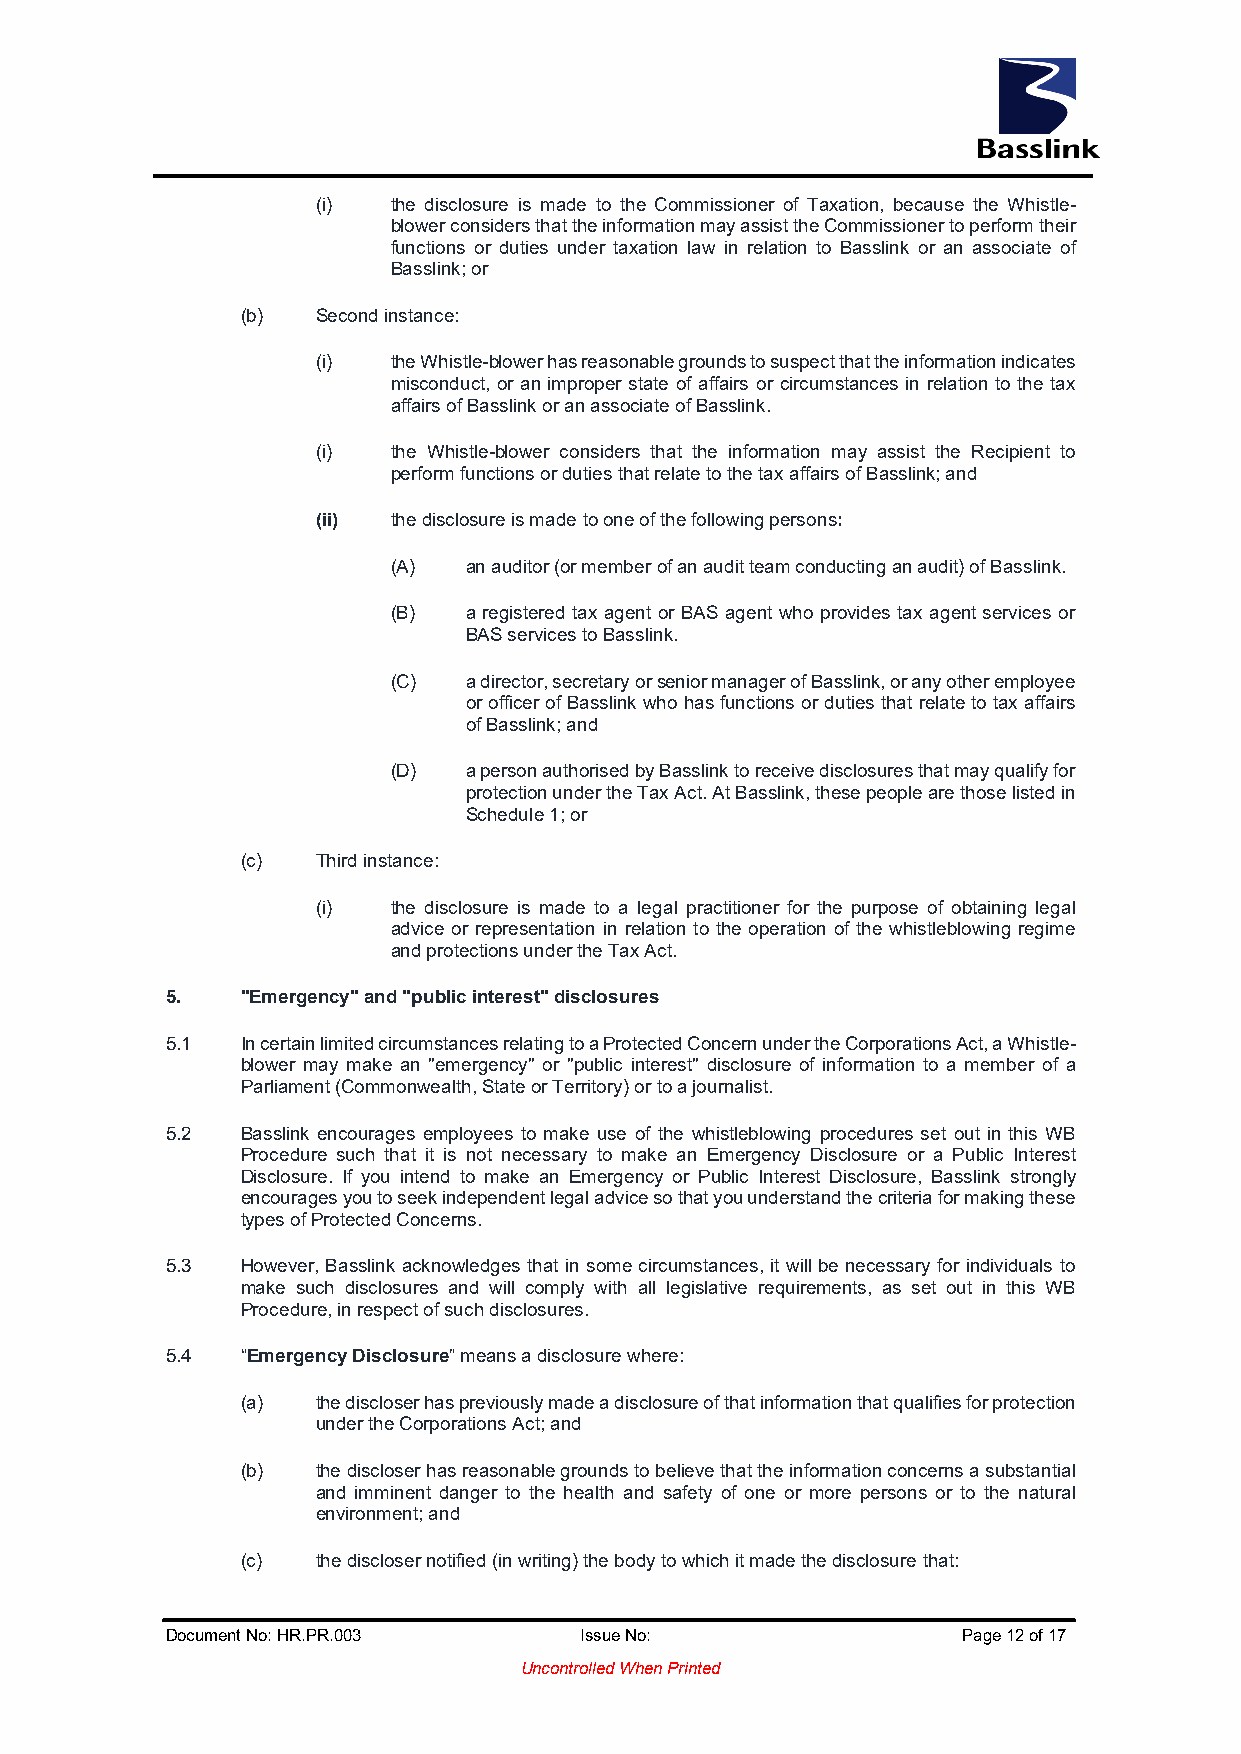
(i)  the disclosure is made to the Commissioner of Taxation, because the Whistle-
 blower considers that the information may assist the Commissioner to perform their
 functions or duties under taxation law in relation to Basslink or an associate of
 Basslink; or
 (b)  Second instance:
 (i)  the Whistle-blower has reasonable grounds to suspect that the information indicates
 misconduct, or an improper state of affairs or circumstances in relation to the tax
 affairs of Basslink or an associate of Basslink.
 (i)  the Whistle-blower considers that the information may assist the Recipient to
 perform functions or duties that relate to the tax affairs of Basslink; and
 (ii) the disclosure is made to one of the following persons:
 (A)  an auditor (or member of an audit team conducting an audit) of Basslink.
 (B)  a registered tax agent or BAS agent who provides tax agent services or
 BAS services to Basslink.
 (C)  a director, secretary or senior manager of Basslink, or any other employee
 or officer of Basslink who has functions or duties that relate to tax affairs
 of Basslink; and
 (D)  a person authorised by Basslink to receive disclosures that may qualify for
 protection under the Tax Act. At Basslink, these people are those listed in
 Schedule 1; or
 (c)  Third instance:
 (i)  the disclosure is made to a legal practitioner for the purpose of obtaining legal
 advice or representation in relation to the operation of the whistleblowing regime
 and protections under the Tax Act.
 5.   "Emergency" and "public interest" disclosures
 5.1  In certain limited circumstances relating to a Protected Concern under the Corporations Act, a Whistle-
 blower may make an "emergency" or "public interest" disclosure of information to a member of a
 Parliament (Commonwealth, State or Territory) or to a journalist.
 5.2  Basslink encourages employees to make use of the whistleblowing procedures set out in this WB
 Procedure such that it is not necessary to make an Emergency Disclosure or a Public Interest
 Disclosure. If you intend to make an Emergency or Public Interest Disclosure, Basslink strongly
 encourages you to seek independent legal advice so that you understand the criteria for making these
 types of Protected Concerns.
 5.3  However, Basslink acknowledges that in some circumstances, it will be necessary for individuals to
 make such disclosures and will comply with all legislative requirements, as set out in this WB
 Procedure, in respect of such disclosures.
 5.4  “Emergency Disclosure” means a disclosure where:
 (a)  the discloser has previously made a disclosure of that information that qualifies for protection
 under the Corporations Act; and
 (b)  the discloser has reasonable grounds to believe that the information concerns a substantial
 and imminent danger to the health and safety of one or more persons or to the natural
 environment; and
 (c)  the discloser notified (in writing) the body to which it made the disclosure that:
 Document No: HR.PR.003     Issue No:                 Page 12 of 17
 Uncontrolled When Printed